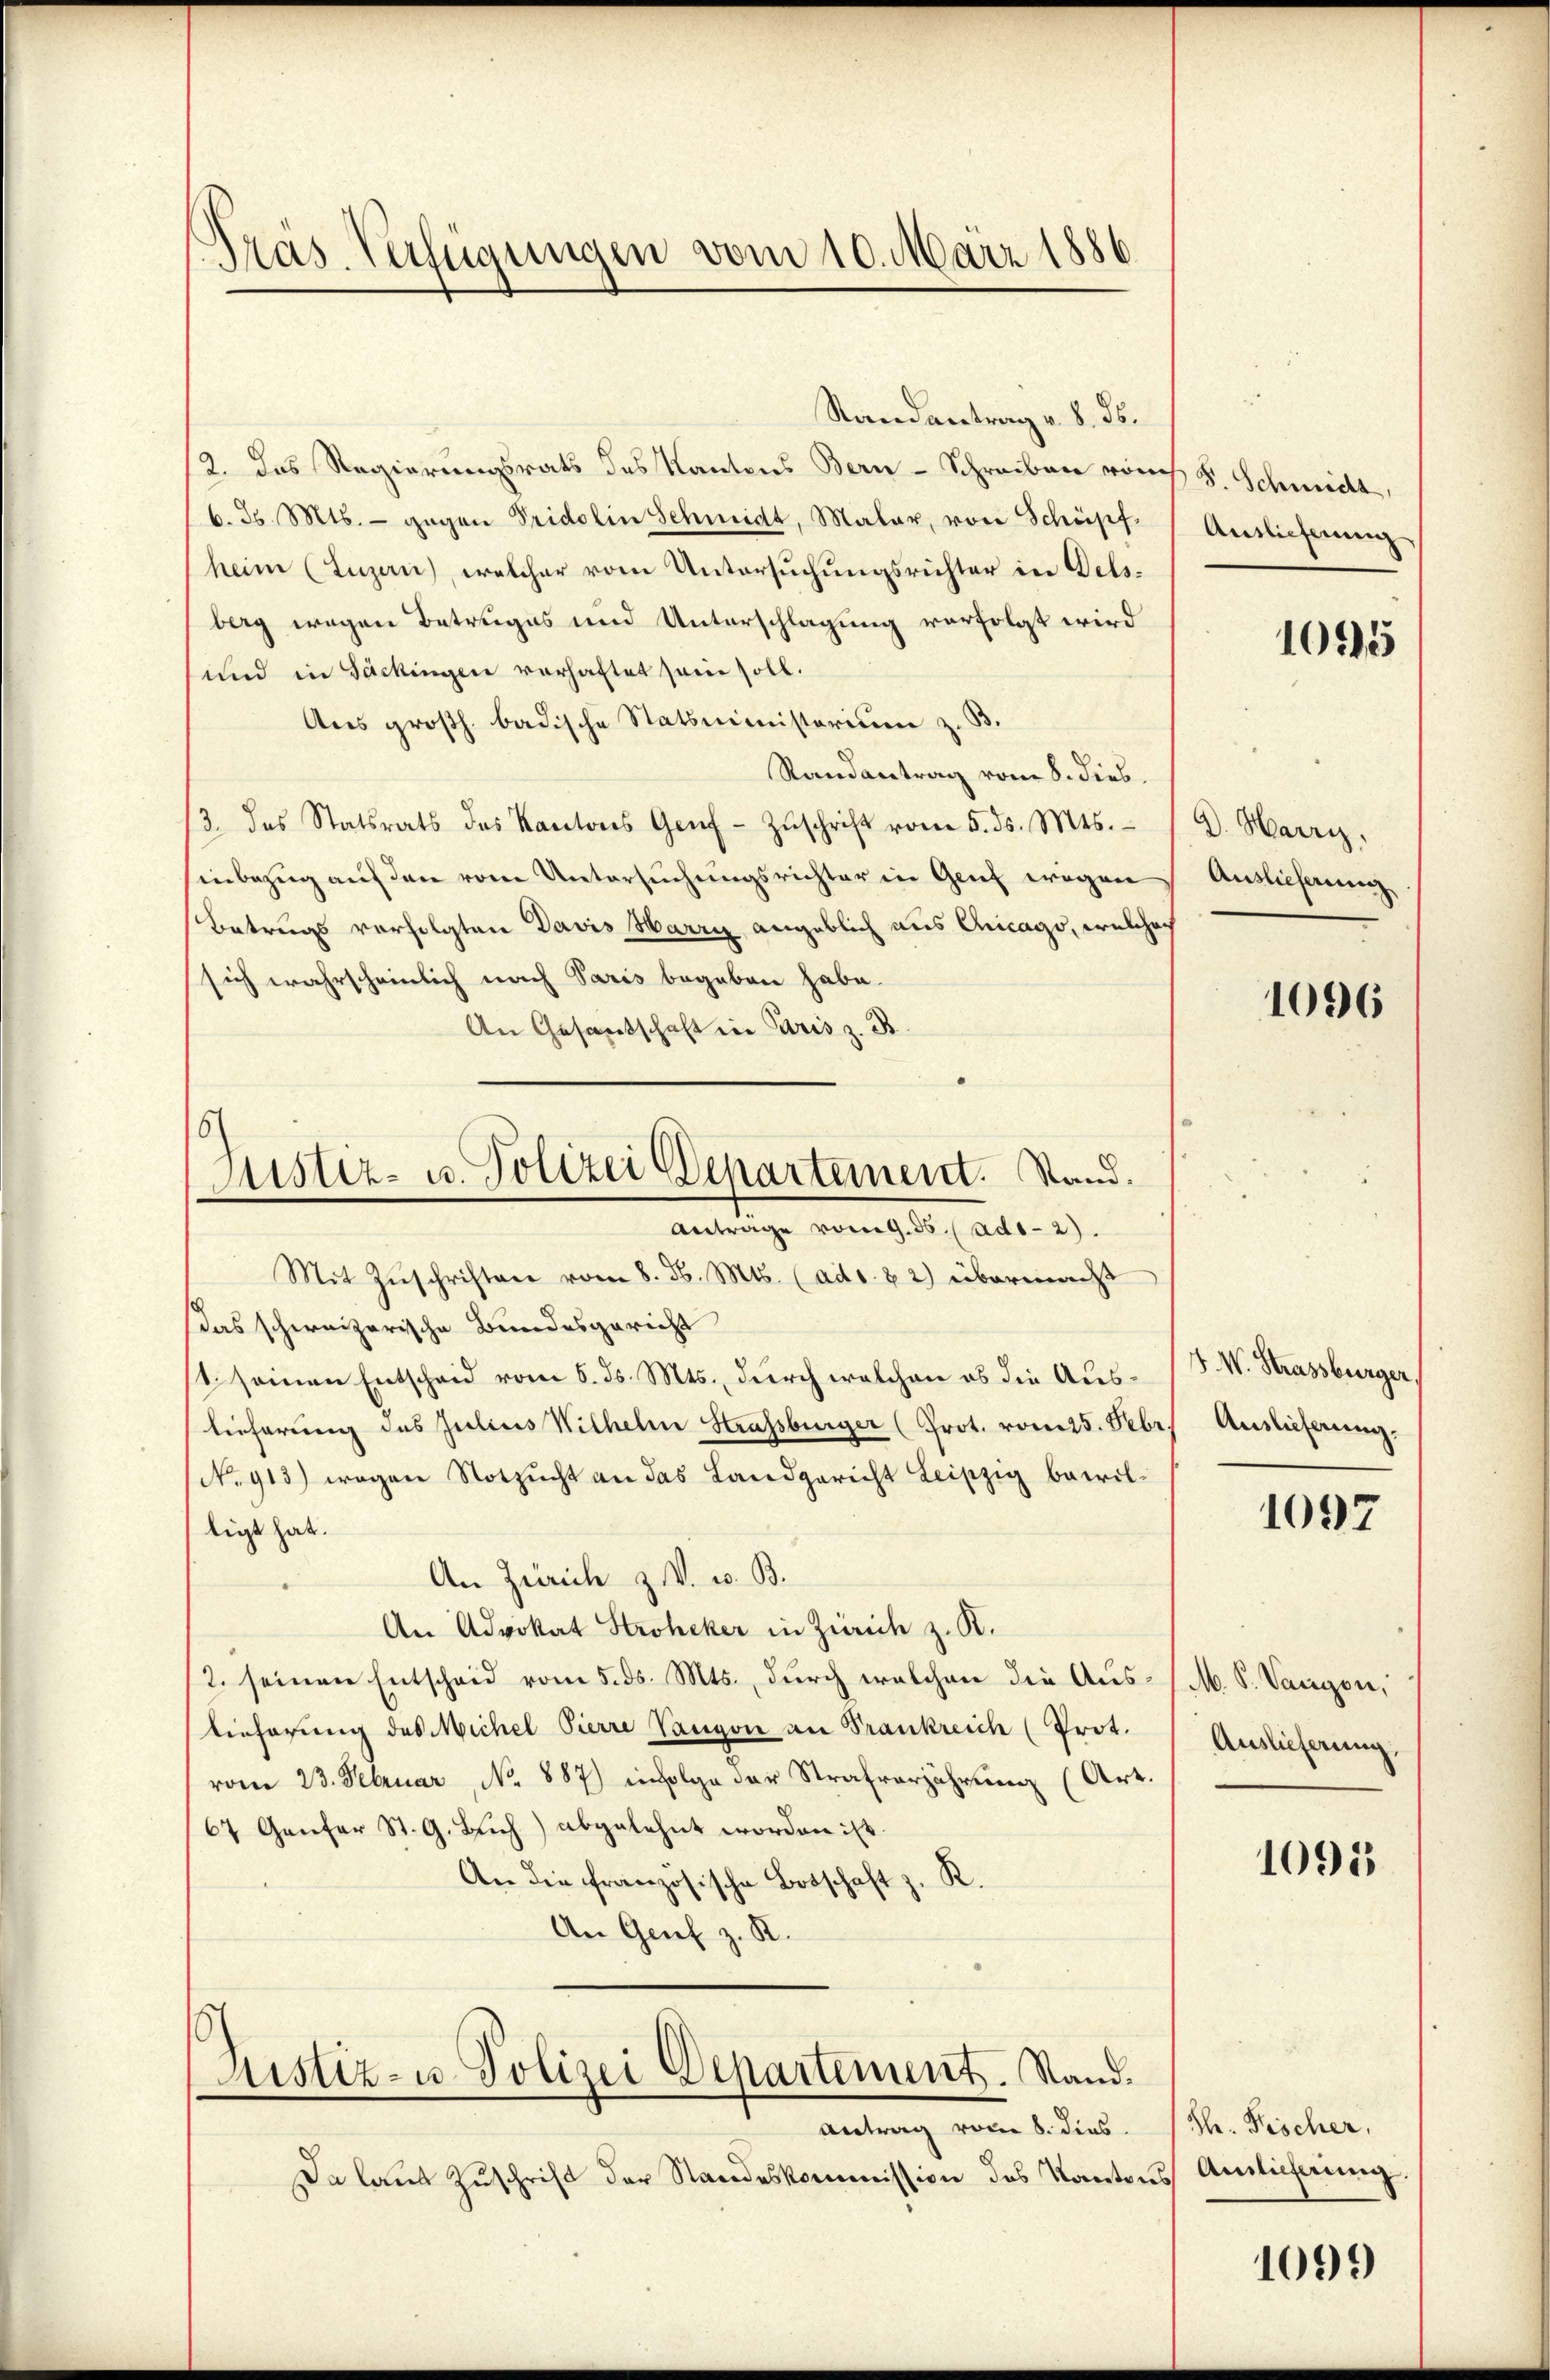
Randantrag v. 8. ds.
2. Das Regierungsrats des Kantons Bern-Schreiben von F. Schmidt,
6. d. Mts. - gegen Tridelin Schmidt, Maler, von Schöpf- Auslieferung
heim (Luzern), welcher vom Untersuchungsrichter in Delsberg wegen Betruges und Unterschlagung verfolgt wird
und in Sackingen verhaftet sein soll.
Aus großh. badische Statsministerium z. B.
Randantrag vom 8. dies
/3. das Statsrats des Kantons Genf-Zŭschrift vom 5. ds. Mts. 1 d. Harri,
inbezug auf den vom Untersuchungsrichter in Genf wegen
Betrags verfolgten Davis Harri angeblich aus Chicago, welches
sich wahrscheinlich nach Paris begeben habe.
An Gesandschaft in Paris z. B.

Mit Zuschriften vom 8. d. Mts. (ads. & 2) übermacht
Das schweizerische Bundesgericht
st seinen Entscheid vom 5. ds. Mts., durch welchen es die Auslieferung des Julius Wilhelm Strassburger (Prot. vom 25. Febr.
No 913) wegen Notzucht an das Landgericht Leipzig bewiltigt hat.
An Zürich z. V. w. B.
An Advokat Stroheker in Zürich z. R.
2. seinen Entscheid vom 5. ds. Mts., durch welchen die Aus- /M. S. Vangen,
lieferung des Michel Pierre Vaugon an Frankreich (Prot.
vom 23. Februar, No 887) infolge der Strafverjährung (Art.
64 Genfer St. G. Bich) abgelehnt worden ist.
An die französische Botschaft z. R.
An Genf z. R.

Pras. Verfügungen vom 10. März 1886

8
Justiz- u. Polizei Departement. Stand.
Antrage vom 9. 35. (ad1-2)

Justiz- u. Polizei Departement. Stand.
Antrag vom 8. dies

Da laŭt Zŭschrift der Standeskommission des Kantons Amlichung

1015

Auslieferung

1096

F. W. Strassburger
Auslieferung.

1097

Auslieferung,

1095

Sh. Fischer,

109.)